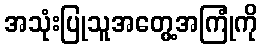
အသုံးပြုသူအတွေ့အကြုံကို